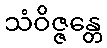
သံဝိဇ္ဇန္တေ